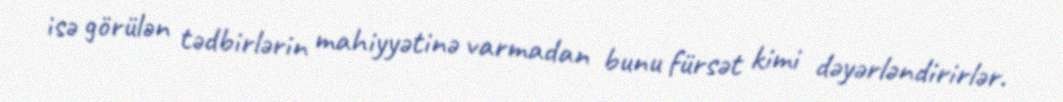
isə görülən tədbirlərin mahiyyətinə varmadan bunu fürsət kimi dəyərləndirirlər.